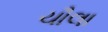
ચૌલા